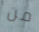
من